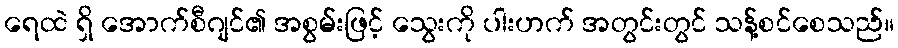
ရေထဲ ရှိ အောက်စီဂျင်၏ အစွမ်းဖြင့် သွေးကို ပါးဟက် အတွင်းတွင် သန့်စင်စေသည်။